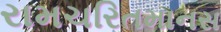
રામચરિતમાનસ